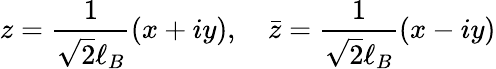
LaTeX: z=\frac{1}{\sqrt{2}\ell_{B}}(x+iy),\quad\bar{z}=\frac{1}{\sqrt{2}\ell_{B}}(x-iy)